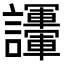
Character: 𧮘